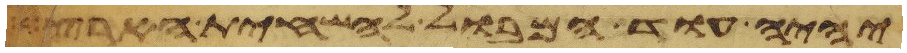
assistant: יהיה עוד המבול להשחית הארץ